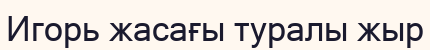
Игорь жасағы туралы жыр